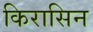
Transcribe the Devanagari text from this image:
किरासिन